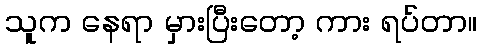
သူက နေရာ မှားပြီးတော့ ကား ရပ်တာ။